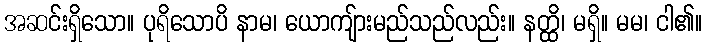
အဆင်းရှိသော။ ပုရိသောပိ နာမ၊ ယောကျ်ားမည်သည်လည်း။ နတ္ထိ၊ မရှိ။ မမ၊ ငါ၏။